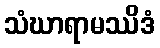
သံဃာရာမဿိဒံ